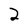
Character: 2